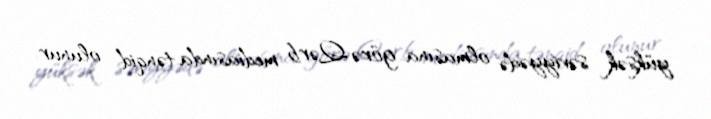
yüksək səviyyədə olmasına görə Qərb mediasında tənqid olunur.